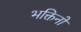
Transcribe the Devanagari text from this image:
भक्तिनों